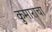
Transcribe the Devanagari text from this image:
कुमाराचा